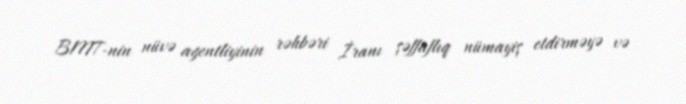
BMT-nin nüvə agentliyinin rəhbəri İranı şəffaflıq nümayiş etdirməyə və